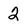
Character: 2